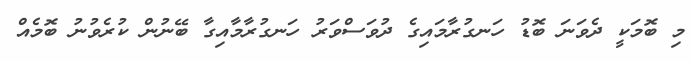
މި ބޮމަކީ ދެވަނަ ބޮޑު ހަނގުރާމައިގެ ދުވަސްވަރު ހަނގުރާމާއިގާ ބޭނުން ކުރެވުނު ބޮމެއް